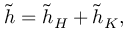
\begin{array} { r } { \tilde { h } = \tilde { h } _ { H } + \tilde { h } _ { K } , } \end{array}